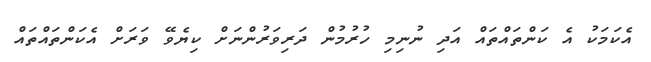
އެކަމަކު އެ ކަންތައްތައް އަދި ނުނިމި ހުރުމުން ދަރިވަރުންނަށް ކިޔެވޭ ވަރަށް އެކަންތައްތައް